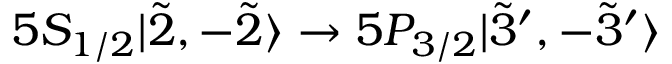
5 S _ { 1 / 2 } | \Tilde { 2 } , - \Tilde { 2 } \rangle \rightarrow 5 P _ { 3 / 2 } | \Tilde { 3 } ^ { \prime } , - \Tilde { 3 } ^ { \prime } \rangle